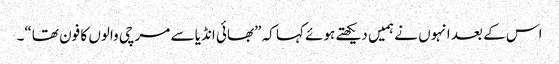
اس کے بعد انہوں نے ہمیں دیکھتے ہوئے کہا کہ ”بھائی انڈیا سے مرچی والوں کا فون تھا“۔